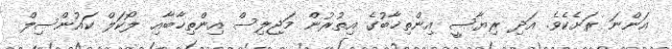
އަންނަ ރަށެކެވެ. އަދި ރިޔާސީ އިންތިޚާބުގެ އިތުރުން މަޖިލިސް އިންތިޚާބާއި ލޯކަލް ކައުންސިލް